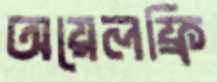
অয়েলফ্রি